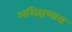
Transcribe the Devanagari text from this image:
अशिक्षणास